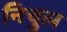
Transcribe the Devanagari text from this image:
निचुल